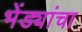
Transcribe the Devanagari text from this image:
भेंड्यांचा